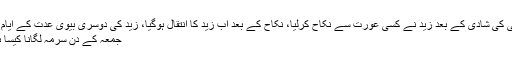
لڑکی کی شادی کے بعد زید نے کسی عورت سے نکاح کرلیا، نکاح کے بعد اب زید کا انتقال ہوگیا، زید کی دوسری بیوی عدت کے ایام میں
جمعہ کے دن سرمہ لگانا کیسا ہے؟